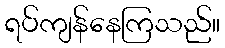
ရပ်ကျန်နေကြသည်။